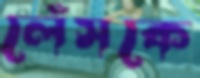
লেঁসকে